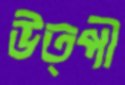
উত্পী